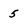
Character: 5